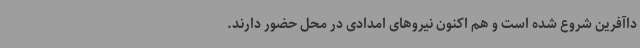
داآفرین شروع شده است و هم اکنون نیروهای امدادی در محل حضور دارند.